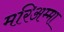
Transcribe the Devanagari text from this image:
मरिअम्मा